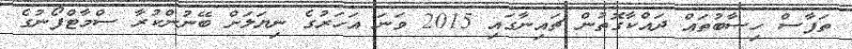
ތަފާސް ހިސާބުތައް ދައްކާގޮތުން ޗައިނާގައި 2015 ވަނަ އަހަރުގެ ނިޔަލަށް ބޭނުންކުރާ ސްމާޓްފޯނުގެ